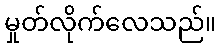
မှုတ်လိုက်လေသည်။